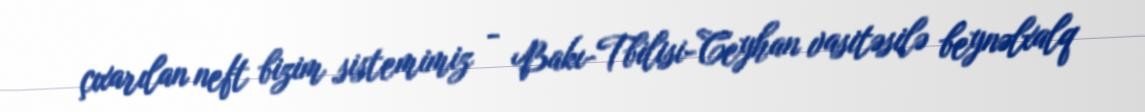
çıxarılan neft bizim sistemimiz - Bakı-Tbilisi-Ceyhan vasitəsilə beynəlxalq